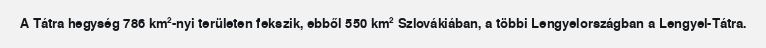
A Tátra hegység 786 km²-nyi területen fekszik, ebből 550 km² Szlovákiában, a többi Lengyelországban a Lengyel-Tátra.